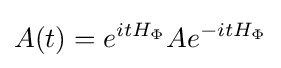
A(t)=e^{itH_{\Phi }}Ae^{-itH_{\Phi }}